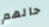
حالهم